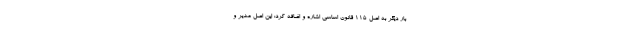
بار دیگر به اصل 115 قانون اساسی اشاره و اضافه کرد: این اصل مدیر و